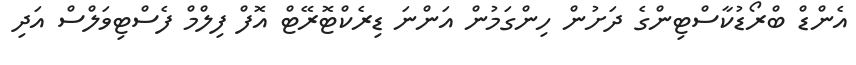
އެންޑް ބްރޯޑުކާސްޓިންގެ ދަށުން ހިންގަމުން އަންނަ ޑިރެކްޓޮރޭޓް އޮފް ފިލްމް ފެސްޓިވަލްސް އަދި